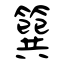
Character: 簨